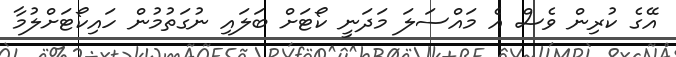
އޭގެ ކުރިން ވެސް އެ މައްސަލަ މަދަނީ ކޯޓަށް ބަލައި ނުގަތުމުން ހައިކޯޓަށްލުމާ